Black-water fever - Number 35
Disease focus: Fever
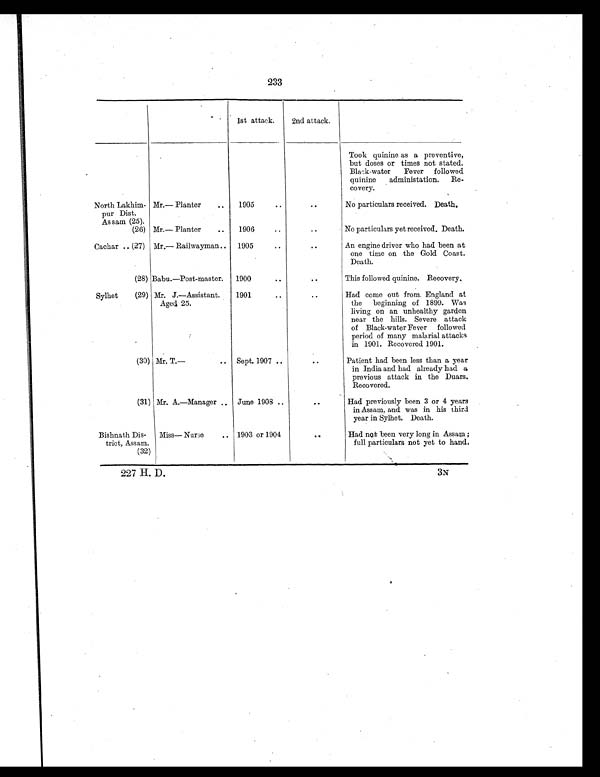
3N
227 H. D.
233
1st attack. 2nd attack.
Took quinine as a preventive,
but doses or times not stated.
Black-water Fever followed
quinine administation. Re-
covery.
North Lakhim-
pur Dist.
Mr.— Planter
. . 1905
..
. .
No particulars received. Death.
Assam (25).
(26) Mr.— Planter
. . 1906
..
..
No particulars yet received. Death.
Cachar .. (27) Mr.— Railwayman .. 1905
..
. .
An engine driver who had been at
one time on the Gold Coast.
Death.
(28) Babu.—Post-master. 1900
..
. .
This followed quinine. Recovery.
Sylhet (29) Mr. J.—Assistant.
Aged 25.
1901
..
..
Had come out from England at
the beginning of 1899. Was
living on an unhealthy garden
near the hills. Severe attack
of Black-water Fever followed
period of many malarial attacks
in 1901. Recovered 1901.
(30) Mr. T.—
.. Sept. 1907 ..
. .
Patient had been less than a year
in India and had already had a
previous attack in the Duars.
Recovered.
(31) Mr. A.—Manager .. June 1908 ..
. .
Had previously been 3 or 4 years
in Assam, and was in his third
year in Sylhet. Death.
Bishnath Dis-
trict, Assam.
Miss— Nurse
.. 1903 or 1904
. .
Had not been very long in Assam ;
full particulars not yet to hand.
(32)